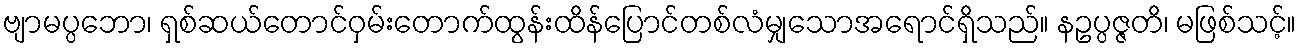
ဗျာမပ္ပဘော၊ ရှစ်ဆယ်တောင်ဝှမ်းတောက်ထွန်းထိန်ပြောင်တစ်လံမျှသောအရောင်ရှိသည်။ နဥပ္ပဇ္ဇတိ၊ မဖြစ်သင့်။